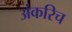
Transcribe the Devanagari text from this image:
अंकरिच